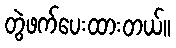
တွဲဖက်ပေးထားတယ်။